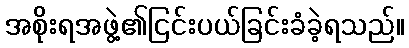
အစိုးရအဖွဲ့၏ငြင်းပယ်ခြင်းခံခဲ့ရသည်။